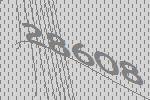
28608